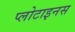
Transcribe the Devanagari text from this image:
प्लोटाइनस